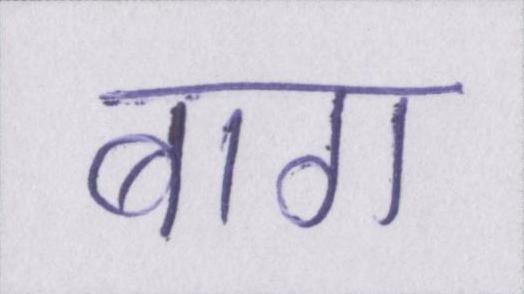
बाग